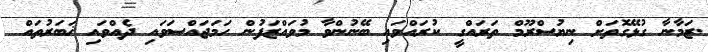
.ޒަމާނާ ގުޅޭގޮތަށް ނިޔުސްރޫމް ތަރައްގީ ކުރައްވައި ބޭނުންވާ މުވައްޒަފުން ހަމަޖައްސަވައި ދެއްވައި ޚަބަރުތައް